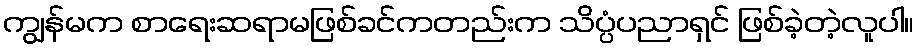
ကျွန်မက စာရေးဆရာမဖြစ်ခင်ကတည်းက သိပ္ပံပညာရှင် ဖြစ်ခဲ့တဲ့လူပါ။